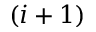
( i + 1 )